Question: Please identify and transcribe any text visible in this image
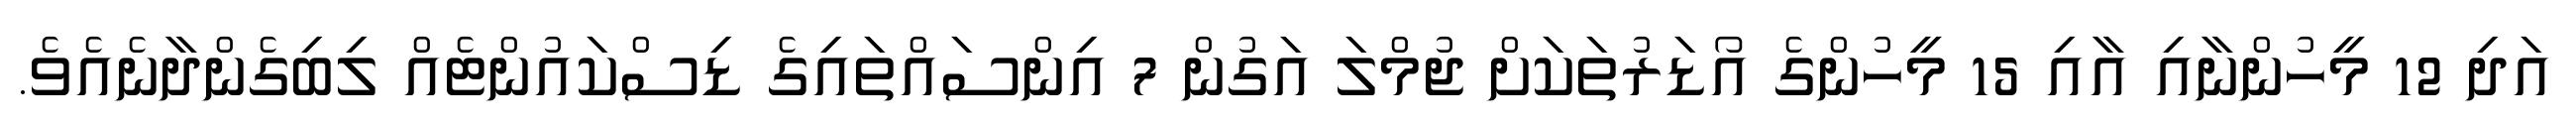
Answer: އަދި 12 މީހުންނާއި އާއި 15 މީހުންގެ އޯޑަރުތަކަށް ޖުމްލަ އަގުން 7 އިންސައްތައިގެ ޑިސްކައުންޓެއް ލިބިގެންދާނެއެވެ.